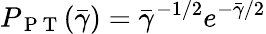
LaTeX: P_{\mathrm{~P~T~}}(\bar{\gamma})=\bar{\gamma}^{-1/2}e^{-\bar{\gamma}/2}